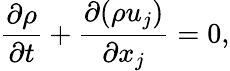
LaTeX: \frac{{\partial\rho}}{{\partial t}}+\frac{{\partial(\rho{u_{j}})}}{{\partial{x_{j}}}}=0,